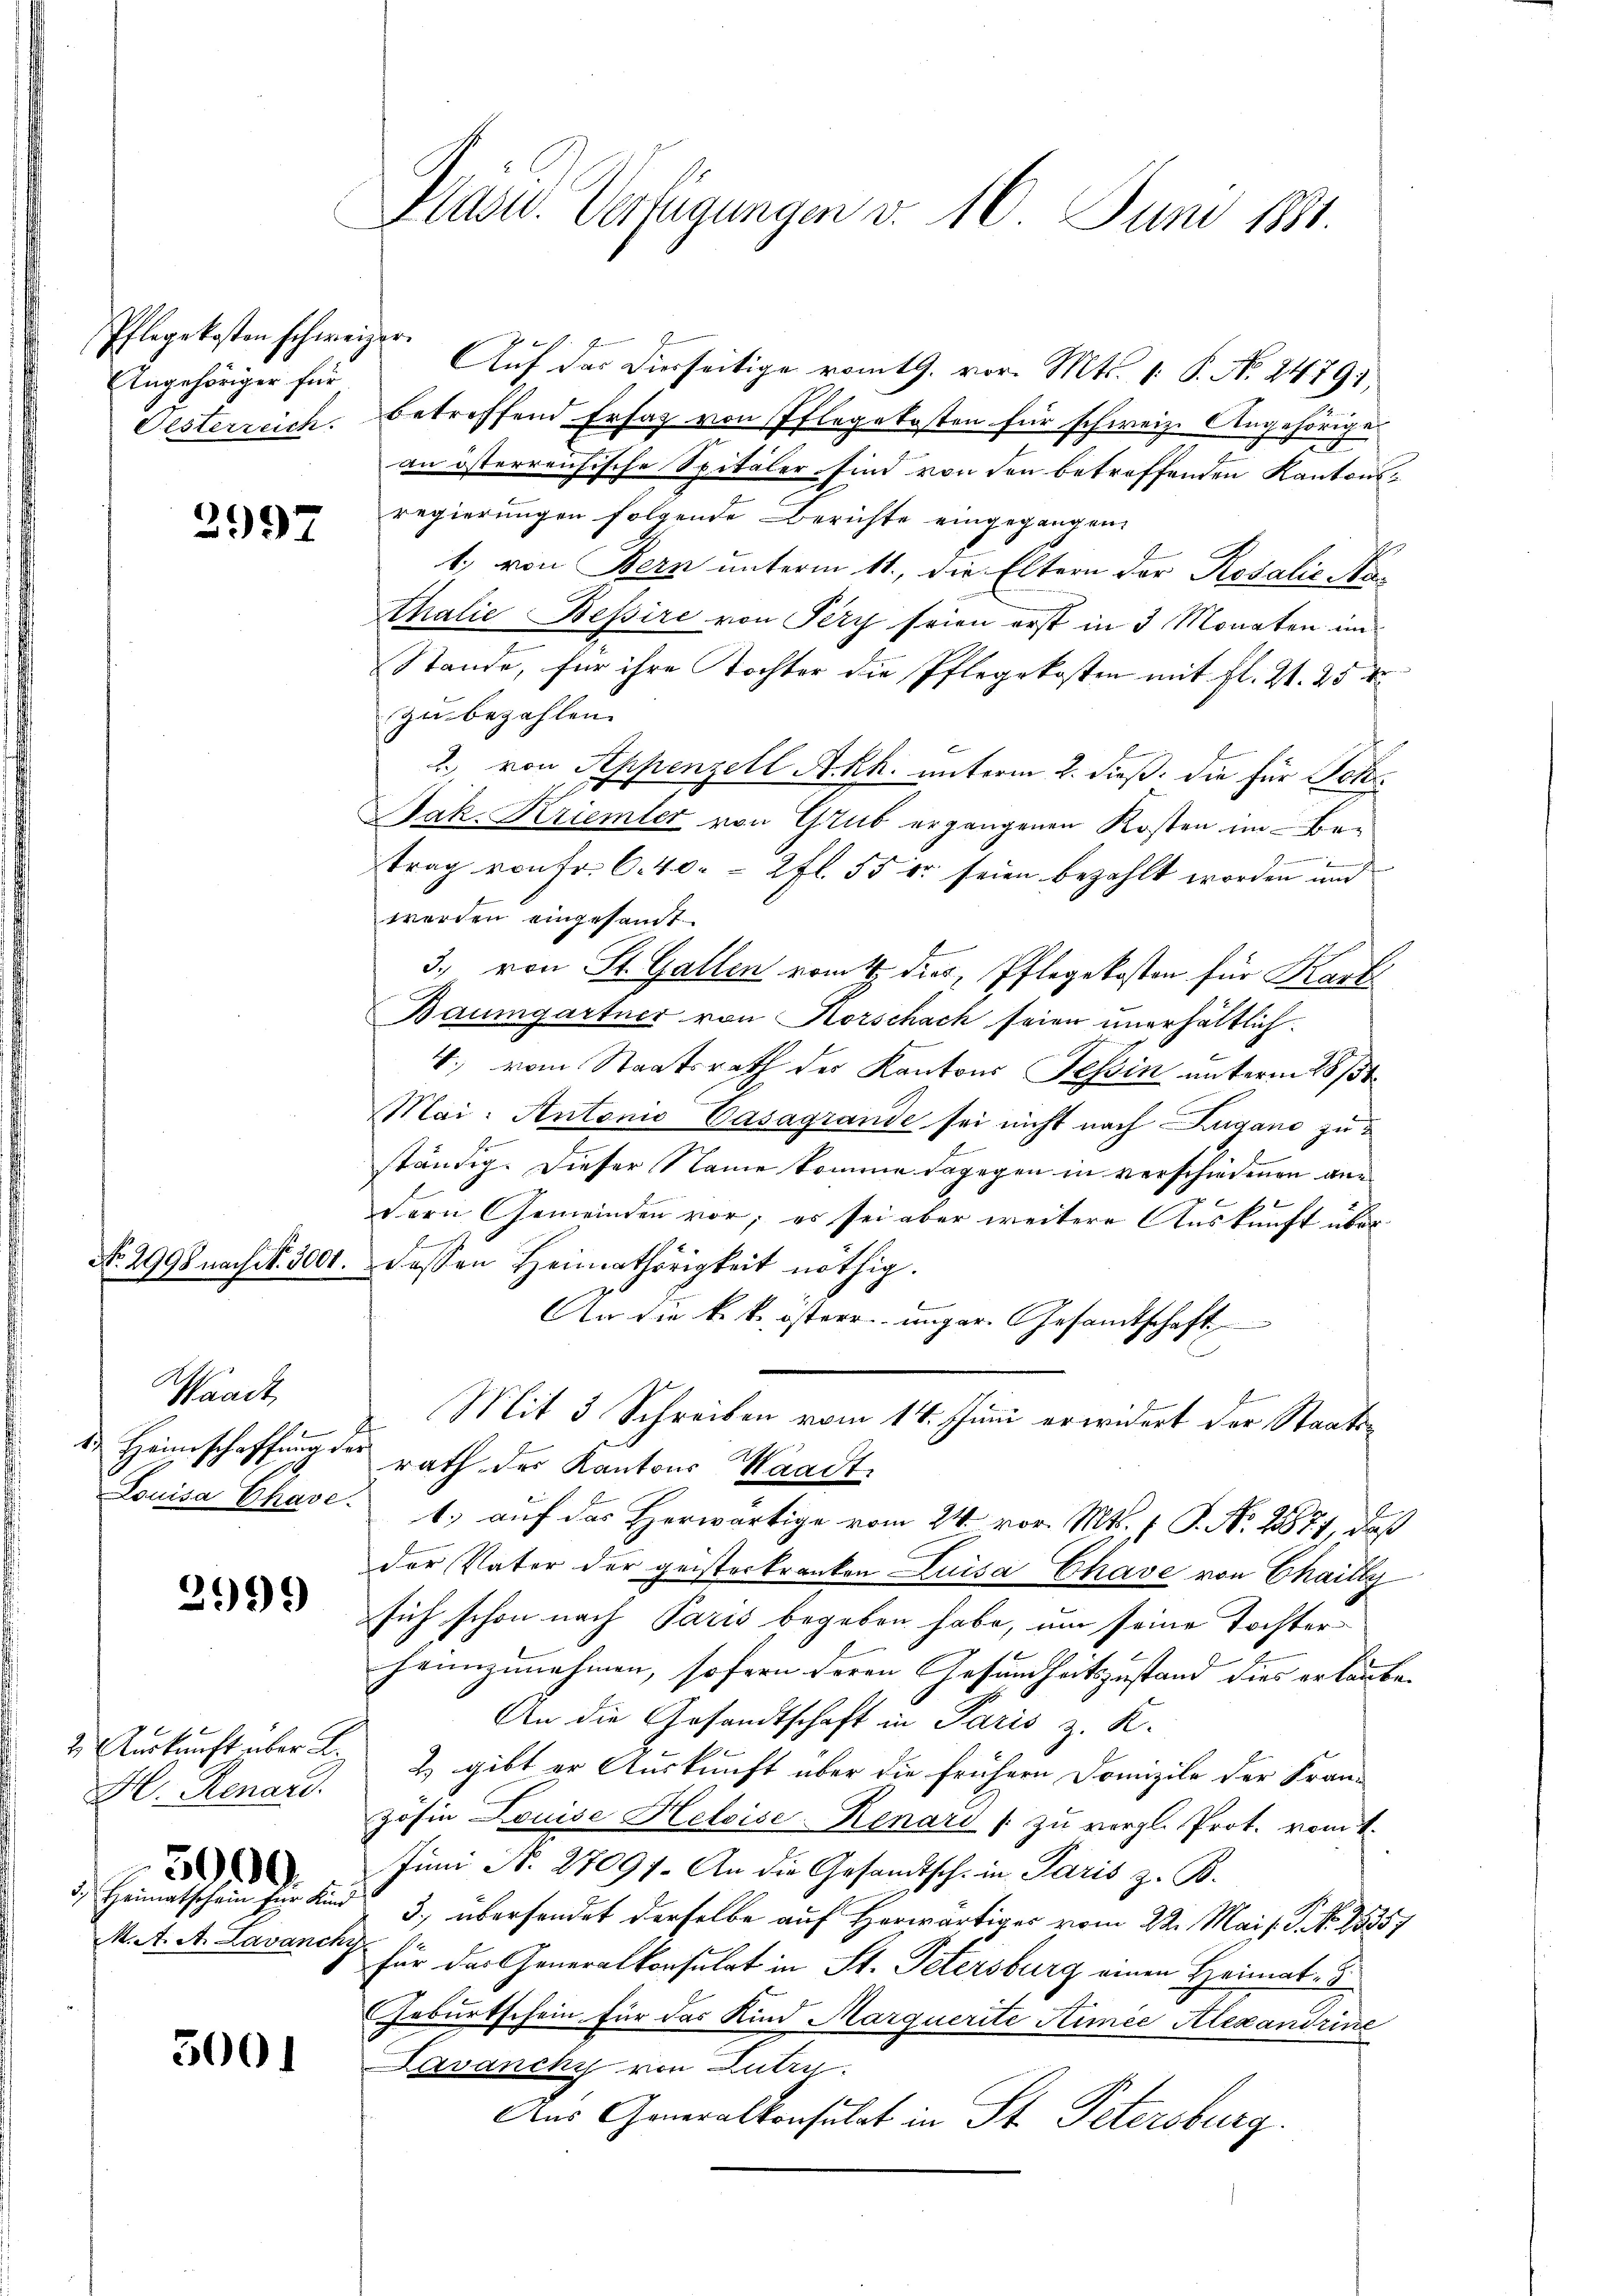
Pflegekosten schweizer.
Angehöriger für

2997

Waadt,
 P
1. Heimschaffung der
Louisa Chave.

2999

2. Auskunft über L.
H. Renard
3000.
3.) Heimatschein für Kind

5001

Präsid. Verfügungen v. 16. Juni 1841.

Auf das Vierseitige vom 9. vor. Mts. 1. P. No. 24791
Oesterreich. Betreffend Ersatz von Pflegekosten für schweiz. Angehörige
an österreichische Spitäler sind von den betroffenden Kantonsregierungen folgende Berichte eingegangen.
1) von Bern unterm 11. die Eltern der Rosalić No¬
Thalie Bessire von Pery seien erst in 3 Monaten im
Stande, für ihre Tochter die Pflegekosten mit fl. Zt. 25 d
zubezahlen.
2. von Appenzell A.Rh. unterm 2. dieß, die für Joha
Jak. Kriemler von Grub ergangenen Kosten im Be-
9
trag von Fr. 6. 40. = 2 fl. 55 er seien bezahlt worden und
werden eingesandt
3. von St. Gallen vom 4. der, Pflegekosten für Kart
Baumgartner von Horschach seien unerhältlich.
4. vom Staatsrath des Kantons Tessin unterm 28ste
Mai: Antonio Casagrande sei nicht nach Lugano zuständig. Dieser Name komme dagegen in verschiedenen andern Gemeinden vor; es sei aber weitere Auskunft überf
No. 2998 nach No. 3000. dessen Heimathörigkeit nöthig.
An die k. k. österer unger. Gesandtschaft
Mit 3 Schreiben vom 14. Juni erwidert der Staatsrath des Kantons Waadt.
1.) auf das Herwärtige vom 24. vor. Mts. 1. P. Nr. 28877, daß
der Vater der geisterkranken Luisa Chave von Chailly
sich schon nach Paris begeben habe, um seine Tochterheimzunehmen, sofern deren Gesundheitszustand dies erlaube-
An die Gesandtschaft in Paris z. K.
2) gibt er Auskunft über die frühern Domizile der Fran-
Zösin Louise Heloise Renari / zu vergl. Prot. vom 1.
Juni N. 27097. An die Gesandtsch. in Paris z. B.
3., übersendet derselbe auf Herwärtiges vom 22. Mai l. J. No 15357
M. t. A. Lavancky für der Generalkonsulat in St. Petersburg einen Heimat. I
Geburtschein für das Kind Marquerite Simee Alexandrine
Lavanchi von Lutry.
Aus Generalkonsulat in St. Petersburg.